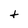
Character: t